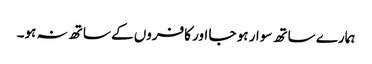
ہمارے ساتھ سوار ہو جا اور کافروں کے ساتھ نہ ہو۔